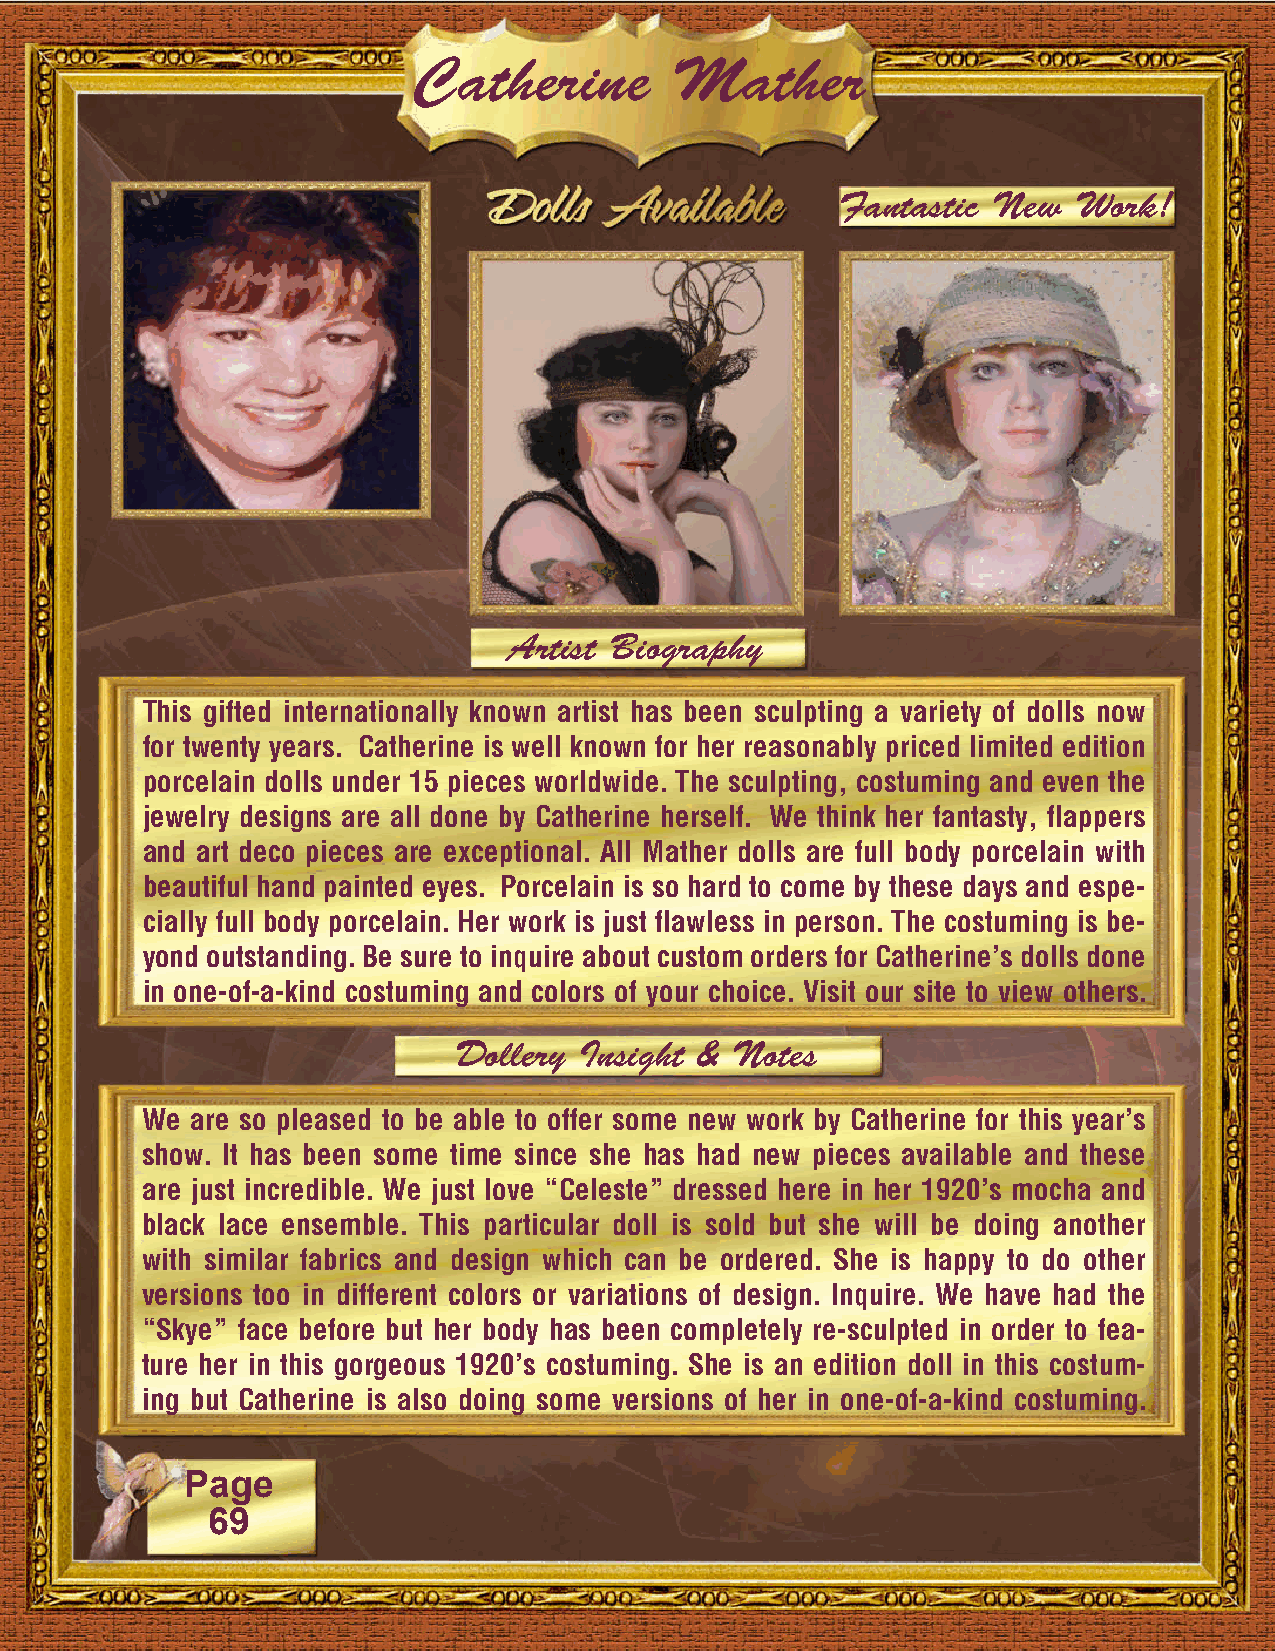
Catherine         Mather
 Fantastic New  Work!
 Artist Biography
 This gifted internationally known artist has been sculpting a variety of dolls now
 for twenty years. Catherine is well known for her reasonably priced limited edition
 porcelain dolls under 15 pieces worldwide. The sculpting, costuming and even the
 jewelry designs are all done by Catherine herself. We think her fantasty, flappers
 and art deco pieces are exceptional. All Mather dolls are full body porcelain with
 beautiful hand painted eyes. Porcelain is so hard to come by these days and espe-
 cially full body porcelain. Her work is just flawless in person. The costuming is be-
 yond outstanding. Be sure to inquire about custom orders for Catherine’s dolls done
 in one-of-a-kind costuming and colors of your choice. Visit our site to view others.
 Dollery Insight & Notes
 We  are so pleased to be able to offer some new work by Catherine for this year’s
 show. It has been some time since she has had new pieces available and these
 are just incredible. We just love “Celeste” dressed here in her 1920’s mocha and
 black lace ensemble. This particular doll is sold but she will be doing another
 with similar fabrics and design which can be ordered. She is happy to do other
 versions too in different colors or variations of design. Inquire. We have had the
 “Skye” face before but her body has been completely re-sculpted in order to fea-
 ture her in this gorgeous 1920’s costuming. She is an edition doll in this costum-
 ing but Catherine is also doing some versions of her in one-of-a-kind costuming.
 Page
 69